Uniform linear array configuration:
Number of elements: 64
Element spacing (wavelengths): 0.5
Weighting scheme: binomial
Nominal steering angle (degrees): -45
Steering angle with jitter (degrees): -44.486
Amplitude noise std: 0.05
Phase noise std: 0.05

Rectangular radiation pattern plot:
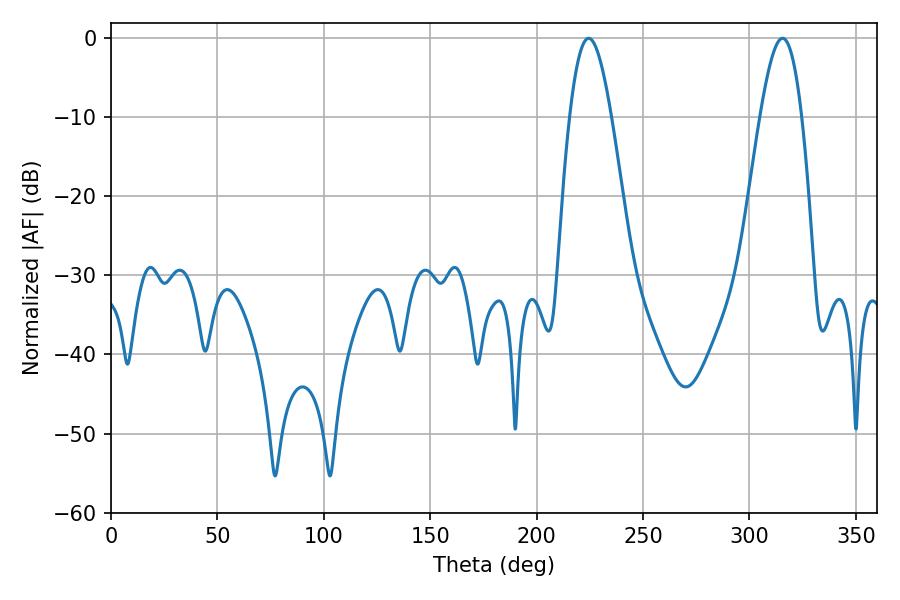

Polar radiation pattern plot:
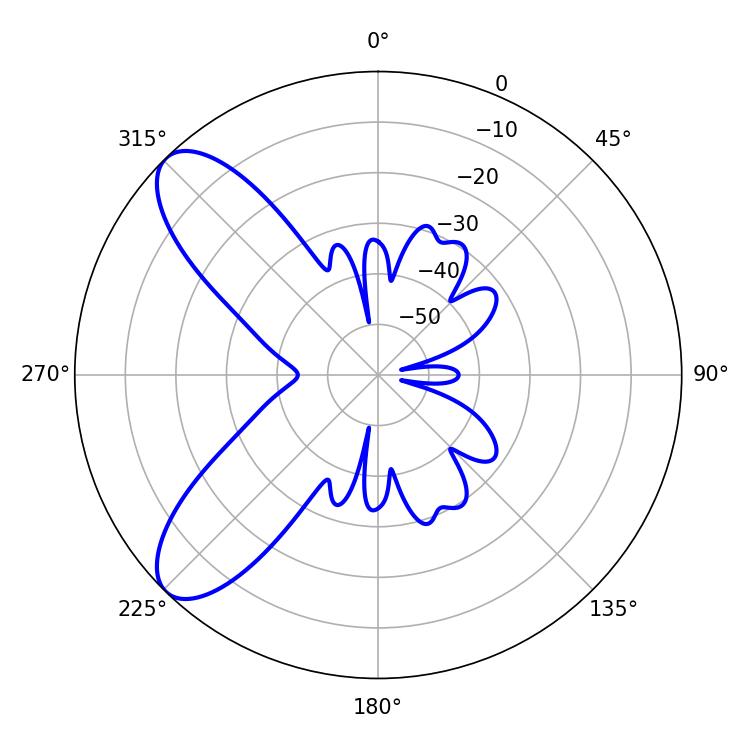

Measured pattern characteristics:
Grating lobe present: FALSE
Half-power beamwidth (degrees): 10.62
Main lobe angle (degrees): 224.46